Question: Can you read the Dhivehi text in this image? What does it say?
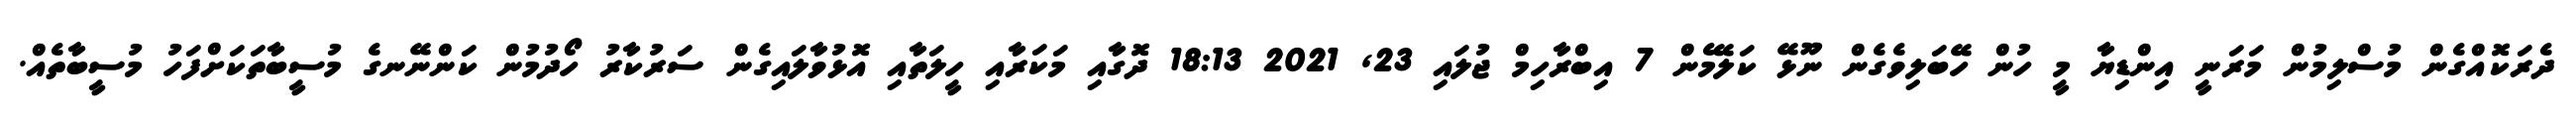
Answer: ދެރަކޮއްގެން މުސްލިމުން މަރަނީ އިންޑިޔާ މީ ހުން ހޭބަލިވެގެން ނޫޅޭ ކަލޭމެން 7 އިބްރާހިމް ޖުލައި 23, 2021 18:13 ދޮގާއި މަކަރާއި ހީލަތާއި އޮޅުވާލައިގެން ސަރުކާރު ހޯދުމުން ކަންނޭނގެ މުސީބާތަކަށްފަހު މުސީބާތެއް.